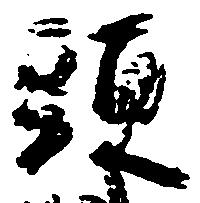
頭